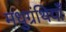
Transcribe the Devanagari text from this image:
मधुग्रंथियाँ